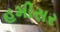
હમીસર